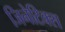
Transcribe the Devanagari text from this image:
जिनेटिक्स